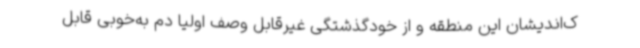
ک‌اندیشان این منطقه و از خودگذشتگی غیرقابل وصف اولیا دم به‌خوبی قابل